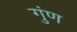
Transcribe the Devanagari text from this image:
गुंण